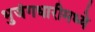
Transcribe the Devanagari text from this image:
भुजंगधारीमध्ये